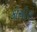
કોચીસ